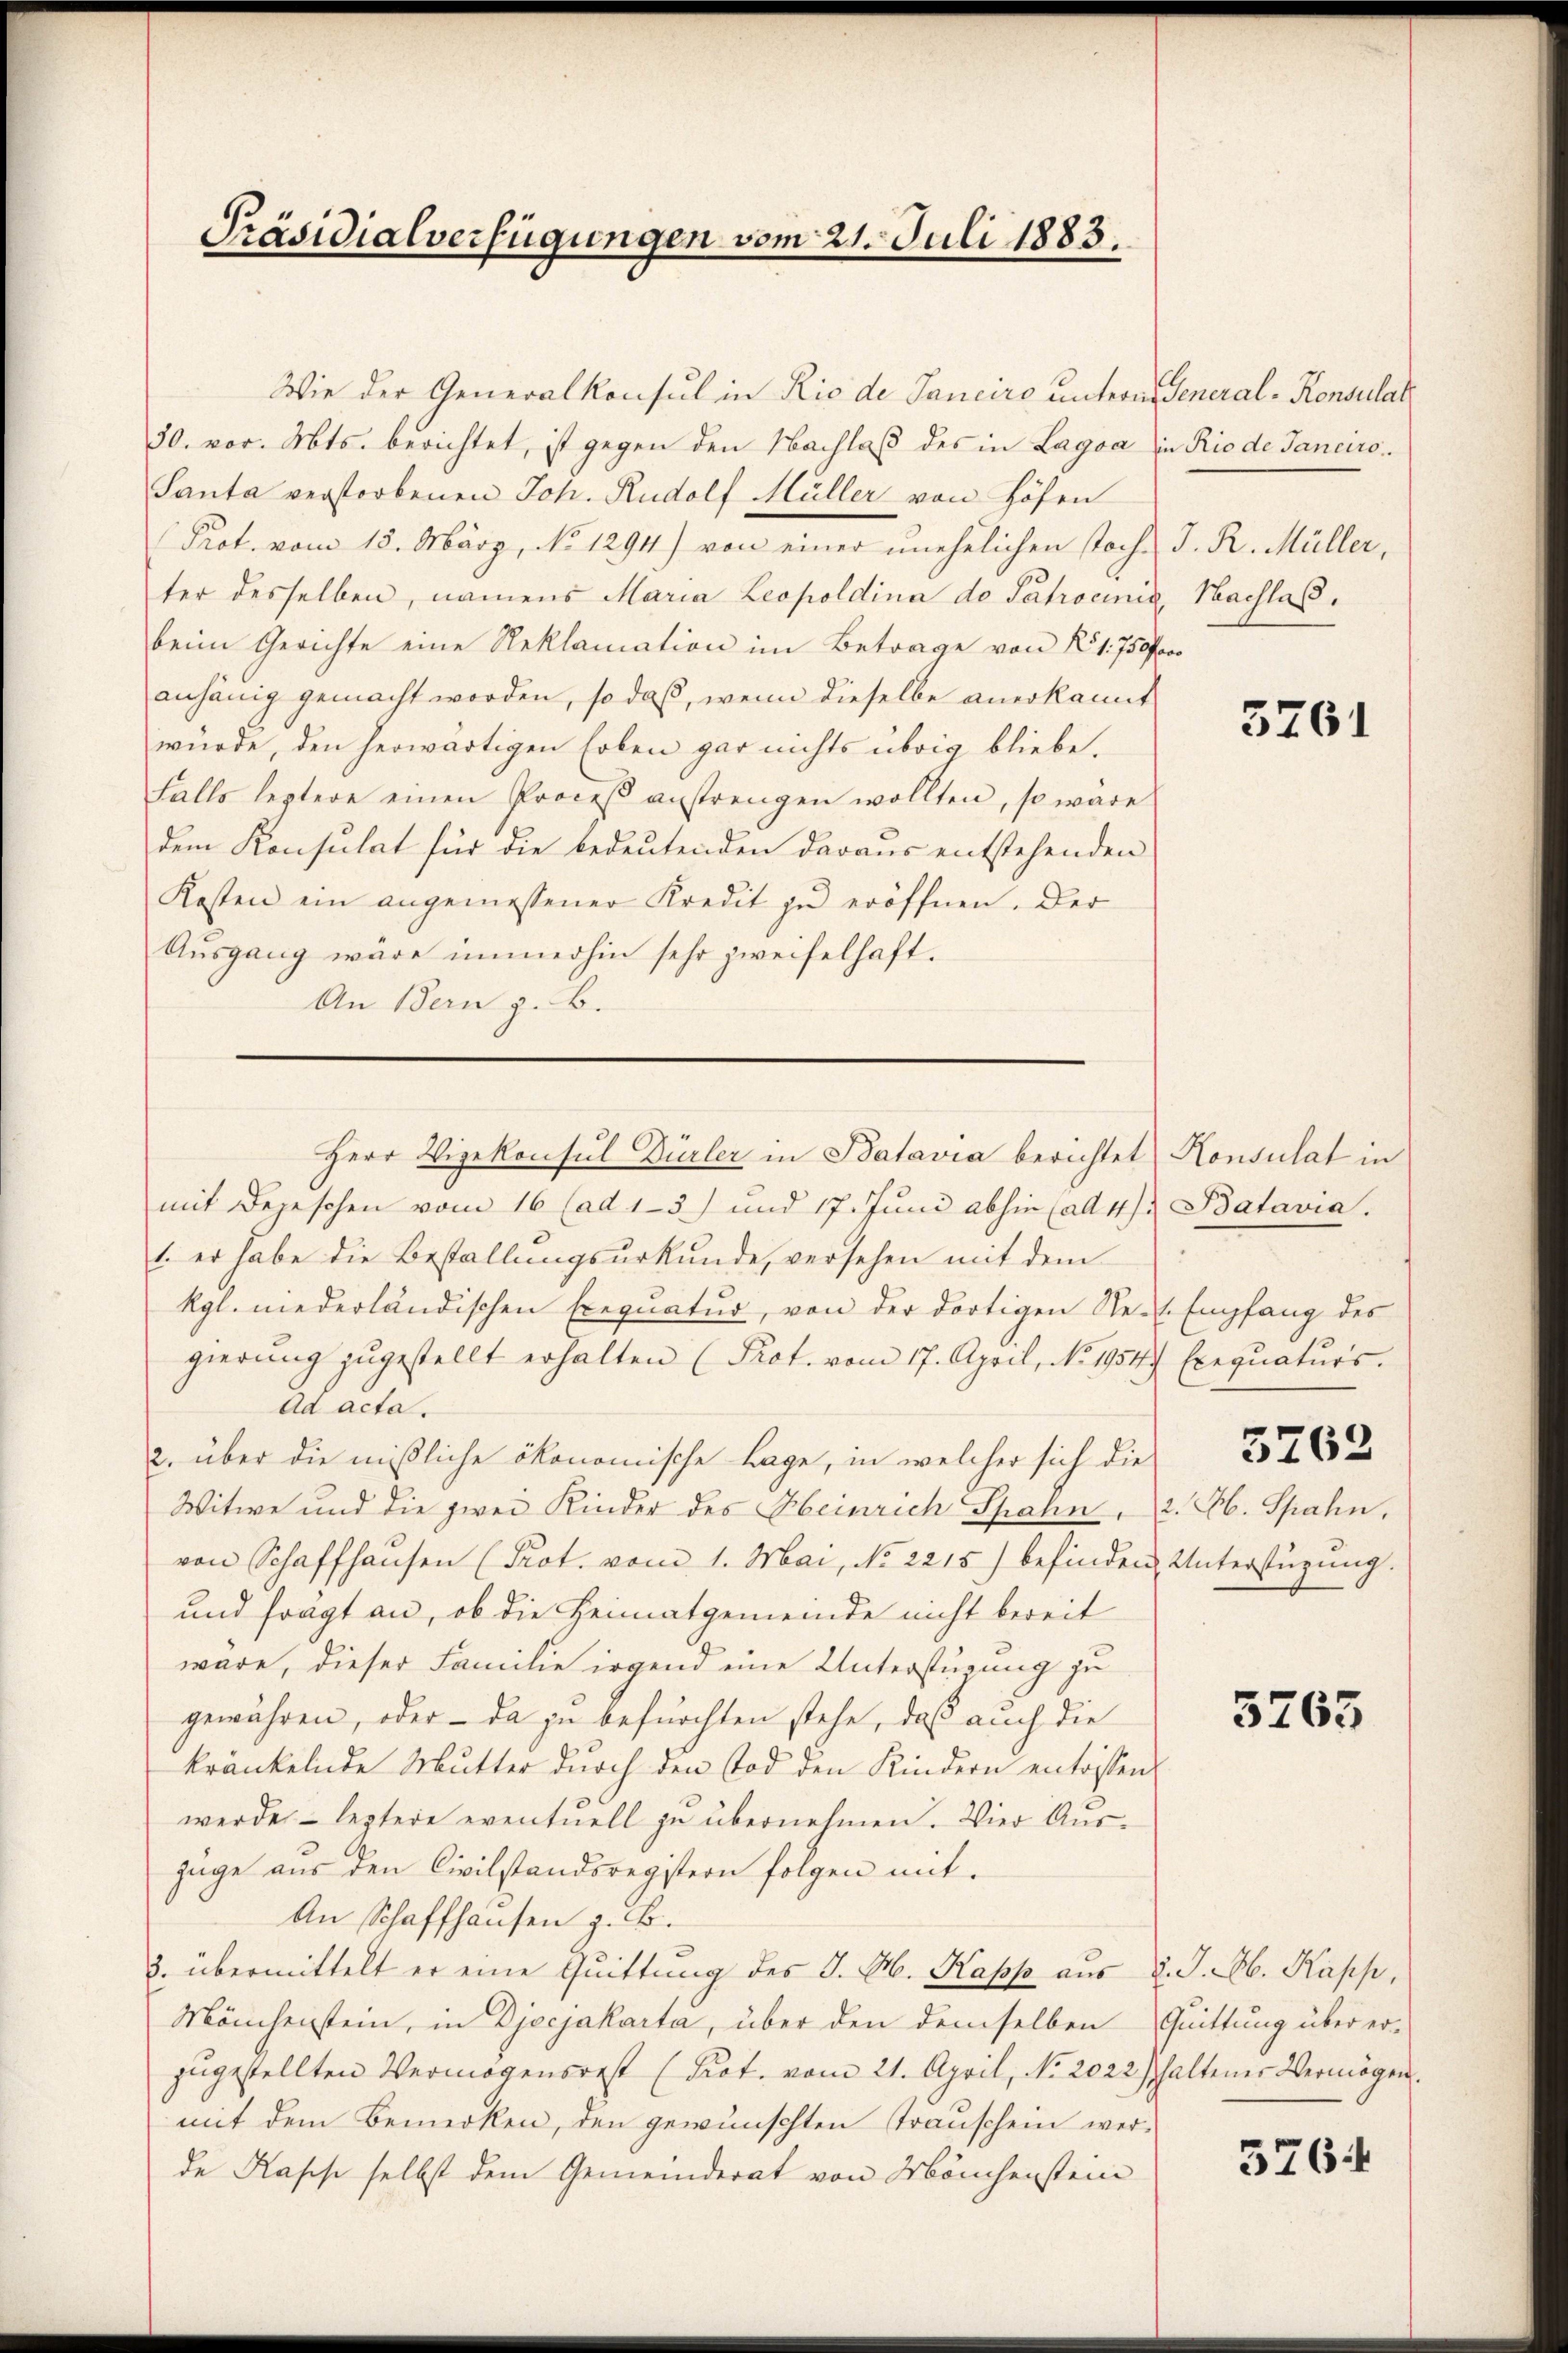
Präsidialverfügungen vom 21. Juli 1883.

Wie der Generalkonsul in Rio de Sanciro untern General-Konsulat
30. vor. Mts. berichtet, ist gegen den Nachlaß des in Lagoa in Rio de Janaro
Santa verstorbenen Joh. Rudolf Müller von Höfen
Prot. vom 15. März, No 1294) von einer unehelichen stoch. J. R. Müller,
ter desselben, namens Maria Leopoldina de Patrociis, Nachlas,
beim Gerichte eine Reklamation im Betrage von No 1750fr
anhänig gemacht worden, so daß, wenn dieselbe anerkannt
würde, den herwärtigen Erben gar nichts übrig bliebe.
falls leztere einen Proceß anstrengen wollten, so wäre
dem Konsulat für die bedeutenden daraus entstehenden
Kosten ein angemessener Kredit zu eröffnen. Der
Aŭsgang wäre immerhin sehr zweifelhaft.
An Bern z. B.

Herr Vizekonsul Dürler in Batavia berichtet Konsulat in

mit Depeschen vom 16 (ad 13) und 17. Jŭni abhin (ad 4 Batavia.
1. er habe die Bestallungsurkunde, versehen mit dem
kgl. niederländischen Exequatur, von der dortigen Seit Empfang des
gierŭng zugestellt erhalten (Prot. vom 17. April, No. 1954 Exequaturs.
Ad acta.
2. über die mißliche ökonomische Lage, in welcher sich die
Witwe und die zwei Kinder des Heinrich Spahn, 2. H. Spahn,
von Schaffhausen (Prot. vom 1. Mai, No 2215) befinden Unterstüzung.
und fragt an, ob die Heimatgemeinde nicht bereit
wäre, dieser Familie irgend eine Unterstüzung zu
gewähren, oder - da zu befürchten stehe, daß auch die
kränkelnde Mutter durch den Tod den Kindern entrissen
werde - leztere eventuell zu übernehmen. Vier Auszüge aus den Civilstandsregistern folgen mit.
An Schaffhausen z. B.
3. übermittelt er eine Quittung des J. M. Kapp aus d. J. Ab. Kapp,
Mönchenstein, in Djecjakarta, über den demselben Quittung über erzugestellten Vermögensrest (Prot. vom 21. April, No. 2022 shaltener Vermögen.
mit dem Bemerken, den gewünschten Trauschein werde Kasse selbst dem Gemeinderat von Mönchenstein

5761

5765

5764